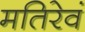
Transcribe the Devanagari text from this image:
मतिरेवं